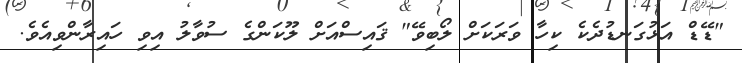
"ޑޭޑް އަޅުގަނޑުދެކެ ކިހާ ވަރަކަށް ލޯބިވޭ" ޤައިސްއަށް ލޫކަންގެ ސުވާލު އިވި ހައިރާންވިއެވެ.